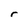
Character: r